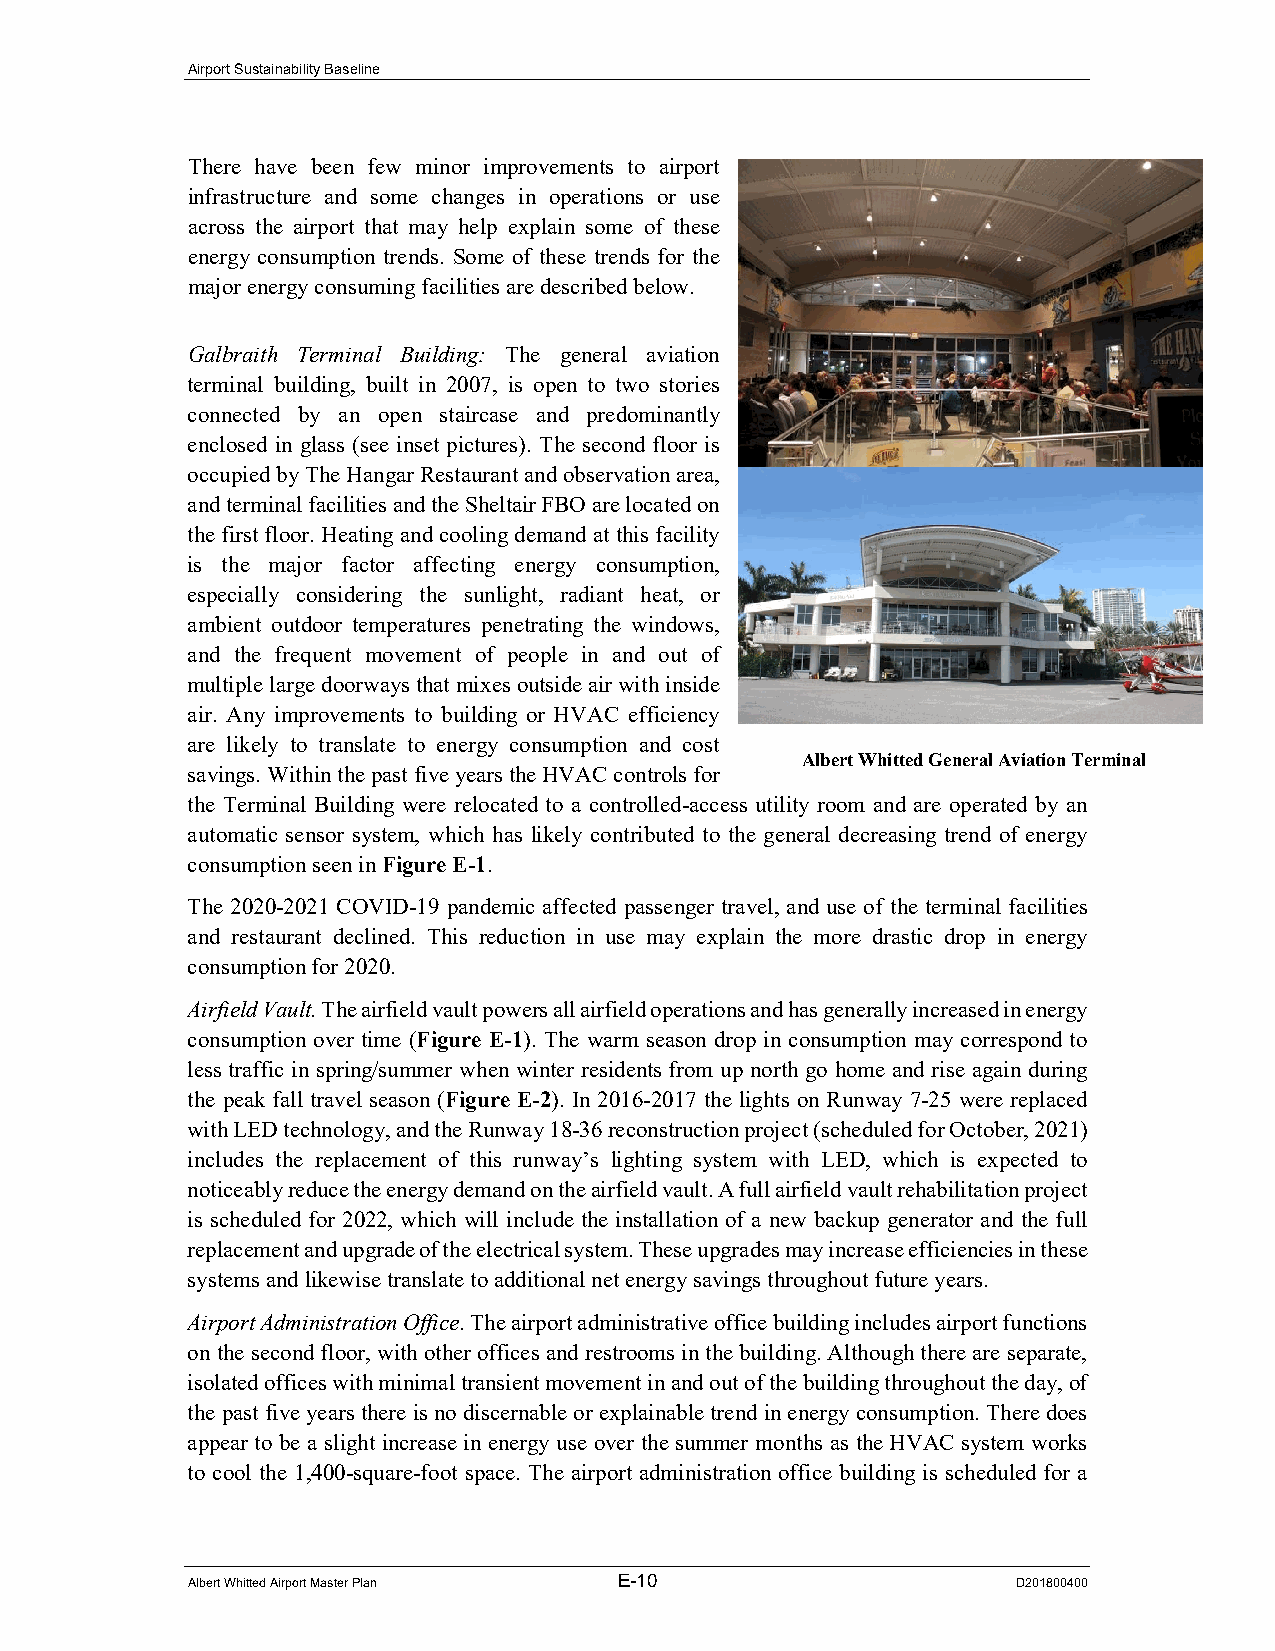
Airport Sustainability Baseline
 There have been few minor improvements to airport
 infrastructure and some changes in operations or use
 across the airport that may help explain some of these
 energy consumption trends. Some of these trends for the
 major energy consuming facilities are described below.
 Galbraith Terminal Building: The general aviation
 terminal building, built in 2007, is open to two stories
 connected by an open staircase and predominantly
 enclosed in glass (see inset pictures). The second floor is
 occupied by The Hangar Restaurant and observation area,
 and terminal facilities and the Sheltair FBO are located on
 the first floor. Heating and cooling demand at this facility
 is the major factor affecting energy consumption,
 especially considering the sunlight, radiant heat, or
 ambient outdoor temperatures penetrating the windows,
 and the frequent movement of people in and out of
 multiple large doorways that mixes outside air with inside
 air. Any improvements to building or HVAC efficiency
 are likely to translate to energy consumption and cost
 Albert Whitted General Aviation Terminal
 savings. Within the past five years the HVAC controls for
 the Terminal Building were relocated to a controlled-access utility room and are operated by an
 automatic sensor system, which has likely contributed to the general decreasing trend of energy
 consumption seen in Figure E-1.
 The 2020-2021 COVID-19 pandemic affected passenger travel, and use of the terminal facilities
 and restaurant declined. This reduction in use may explain the more drastic drop in energy
 consumption for 2020.
 Airfield Vault. The airfield vault powers all airfield operations and has generally increased in energy
 consumption over time (Figure E-1). The warm season drop in consumption may correspond to
 less traffic in spring/summer when winter residents from up north go home and rise again during
 the peak fall travel season (Figure E-2). In 2016-2017 the lights on Runway 7-25 were replaced
 with LED technology, and the Runway 18-36 reconstruction project (scheduled for October, 2021)
 includes the replacement of this runway’s lighting system with LED, which is expected to
 noticeably reduce the energy demand on the airfield vault. A full airfield vault rehabilitation project
 is scheduled for 2022, which will include the installation of a new backup generator and the full
 replacement and upgrade of the electrical system. These upgrades may increase efficiencies in these
 systems and likewise translate to additional net energy savings throughout future years.
 Airport Administration Office. The airport administrative office building includes airport functions
 on the second floor, with other offices and restrooms in the building. Although there are separate,
 isolated offices with minimal transient movement in and out of the building throughout the day, of
 the past five years there is no discernable or explainable trend in energy consumption. There does
 appear to be a slight increase in energy use over the summer months as the HVAC system works
 to cool the 1,400-square-foot space. The airport administration office building is scheduled for a
 Albert Whitted Airport Master Plan E-10                D201800400